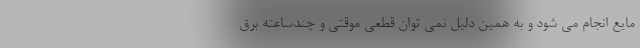
مایع انجام می شود و به همین دلیل نمی توان قطعی موقتی و چندساعته برق